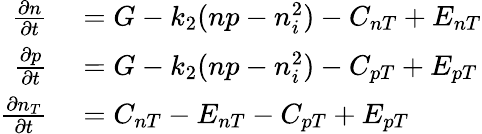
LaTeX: \begin{array}{rl}{\frac{\partial n}{\partial t}}&{{}=G-k_{2}(np-n_{i}^{2})-C_{nT}+E_{nT}}\\ {\frac{\partial p}{\partial t}}&{{}=G-k_{2}(np-n_{i}^{2})-C_{pT}+E_{pT}}\\ {\frac{\partial n_{T}}{\partial t}}&{{}=C_{nT}-E_{nT}-C_{pT}+E_{pT}}\end{array}